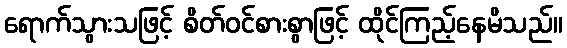
ရောက်သွားသဖြင့် စိတ်ဝင်စားစွာဖြင့် ထိုင်ကြည့်နေမိသည်။